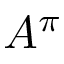
A ^ { \pi }